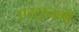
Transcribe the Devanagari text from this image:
एस्ट्रानमी